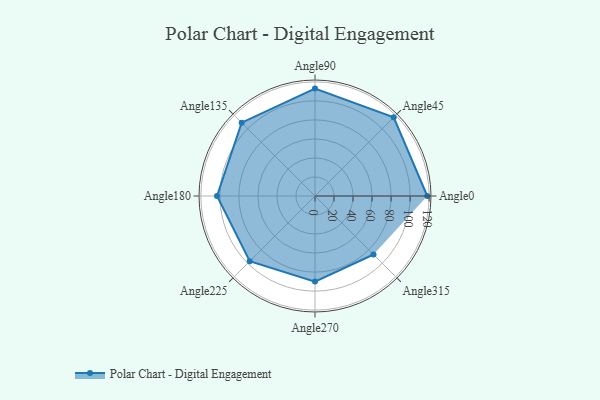
{"axis": {"x": "Angle", "y": "Radius"}, "legend": [""], "data": [{"x": "Angle0", "y": 118.0, "type": ""}, {"x": "Angle45", "y": 117.0, "type": ""}, {"x": "Angle90", "y": 113.0, "type": ""}, {"x": "Angle135", "y": 109.0, "type": ""}, {"x": "Angle180", "y": 103.0, "type": ""}, {"x": "Angle225", "y": 97.0, "type": ""}, {"x": "Angle270", "y": 90.0, "type": ""}, {"x": "Angle315", "y": 87.0, "type": ""}]}